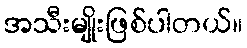
အသီးမျိုးဖြစ်ပါတယ်။